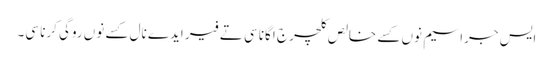
ایس جراسیم نوں کسے خالص کلچر ج اگانا سی تے فیر ایدے نال کسے نوں روگی کرنا سی۔